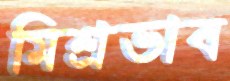
মিশ্রভাব